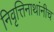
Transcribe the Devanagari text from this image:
निवृत्तिनाथांनीच